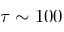
\tau \sim 1 0 0